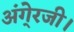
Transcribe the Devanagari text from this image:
अंगे्रजी।